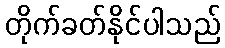
တိုက်ခတ်နိုင်ပါသည်